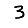
Digit: 3